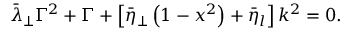
\bar { \lambda } _ { \perp } \Gamma ^ { 2 } + \Gamma + \left[ \bar { \eta } _ { \perp } \left( 1 - x ^ { 2 } \right) + \bar { \eta } _ { l } \right] k ^ { 2 } = 0 .